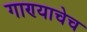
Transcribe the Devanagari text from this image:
गाण्याचेच